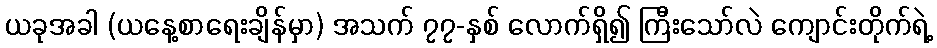
ယခုအခါ (ယနေ့စာရေးချိန်မှာ) အသက် ၇၇-နှစ် လောက်ရှိ၍ ကြီးသော်လဲ ကျောင်းတိုက်ရဲ့